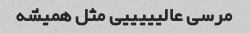
مرسی عالیییییی مثل همیشه